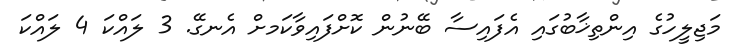
މަޖިލީހުގެ އިންތިޚާބުގައި އެފައިސާ ބޭނުން ކޮށްފައިވާކަމށް އެނގޭ. 3 ލައްކަ 4 ލައްކަ